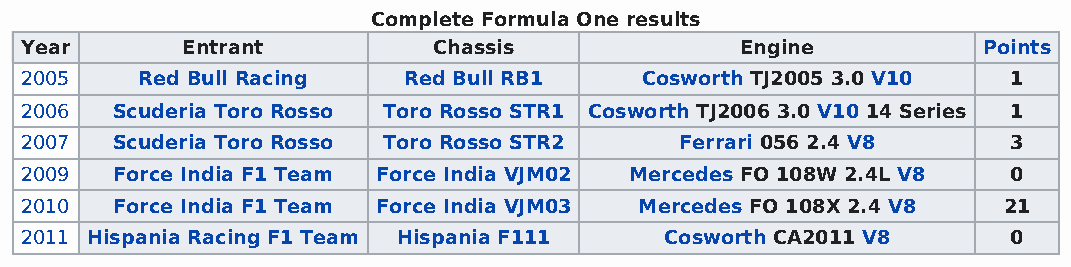
Complete Formula One results
 Year       Entrant          Chassis             Engine          Points
 2005    Red Bull Racing   Red Bull RB1   Cosworth TJ2005 3.0 V10  1
 2006  Scuderia Toro Rosso Toro Rosso STR1 Cosworth TJ2006 3.0 V10 14 Series 1
 2007  Scuderia Toro Rosso Toro Rosso STR2   Ferrari 056 2.4 V8    3
 2009  Force India F1 Team Force India VJM02 Mercedes FO 108W 2.4L V8 0
 2010  Force India F1 Team Force India VJM03 Mercedes FO 108X 2.4 V8 21
 2011 Hispania Racing F1 Team Hispania F111 Cosworth CA2011 V8     0